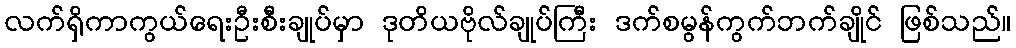
လက်ရှိကာကွယ်ရေးဦးစီးချုပ်မှာ ဒုတိယဗိုလ်ချုပ်ကြီး ဒက်စမွန်ကွက်ဘက်ချိုင် ဖြစ်သည်။